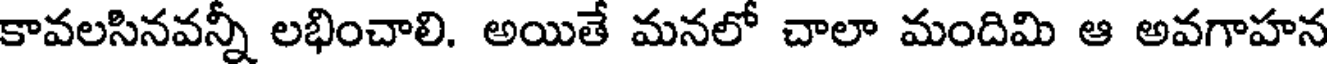
కావలసినవన్నీ లభించాలి. అయితే మనలో చాలా మందిమి ఆ అవగాహన